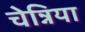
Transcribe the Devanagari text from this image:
चेन्निया